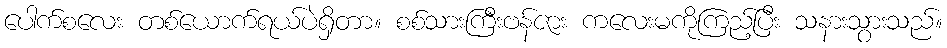
ပေါက်စလေး တစ်ယောက်ရယ်ပဲရှိတာ။ စစ်သားကြီးဗန်ဇား ကလေးမကိုကြည့်ပြီး သနားသွားသည်။